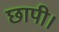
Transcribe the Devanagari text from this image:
छापी।